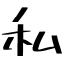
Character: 私